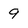
Character: 9